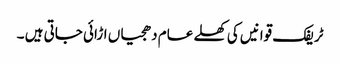
ٹریفک قوانیں کی کھلے عام دھجیاں اڑائی جاتی ہیں ۔